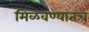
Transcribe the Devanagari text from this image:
मिळवण्यातच